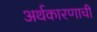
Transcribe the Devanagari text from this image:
अर्थकारणाची